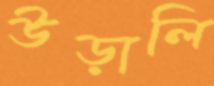
উড়ালি